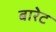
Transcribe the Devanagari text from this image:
बारेट